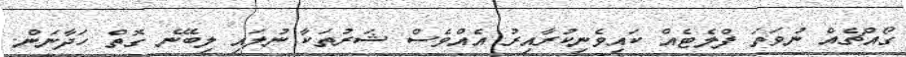
ގޯއްޗެއް ނުވަތަ ފްލެޓެއް ކައިވެނިކުރާއިރު އެެއްވެސް ޝަރުތަކާ ނުލައި ލިބޭނެ ގޮތް ހަދާނަން.